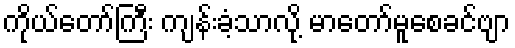
ကိုယ်တော်ကြီး ကျန်းခံ့သာလို့ မာတော်မူစေခင်ဗျာ